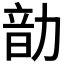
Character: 𪟠